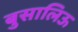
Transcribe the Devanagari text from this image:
बुसालिऊ